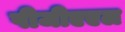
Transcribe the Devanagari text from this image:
पीजीएएल